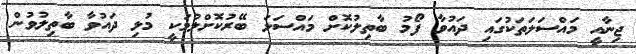
ޖިނާއީ މައްސަލަތަކުގަައި ދައުވާ ފޯމު ބާތިލުކޮށް މަައްސަލަ ބޭރުކޮށްލުމަކީ މުޅި ދައުވާ ބާތިލުވުން